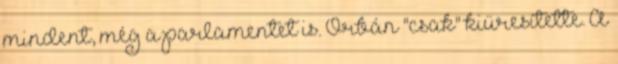
mindent, még a parlamentet is. Orbán "csak" kiüresítette. A